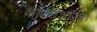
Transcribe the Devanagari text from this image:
नाट्यशास्त्र।